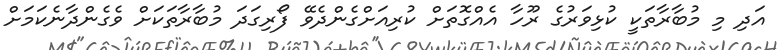
އަދި މި މުބާރާތަކީ ކުޅިވަރުގެ ރޫހާ އެއްގޮތަށް ކުރިއަށްގެންދެވޭ ފޯރިގަދަ މުބާރާތަކަށް ވެގެންދާނެކަމަށް